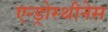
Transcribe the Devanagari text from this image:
एन्ड्रोस्थीनेस